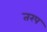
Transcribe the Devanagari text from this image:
तरप